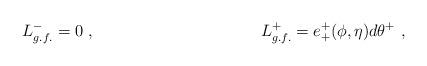
LaTeX: \begin{align*}L_{g.f.}^-=0 \ , \hskip 4.2 cm L_{g.f.}^+=e^+_+(\phi, \eta) d\theta^+ \ ,\end{align*}